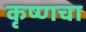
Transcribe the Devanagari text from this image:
कृष्णचा